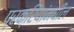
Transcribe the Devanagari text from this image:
प्रक्रियांमधील